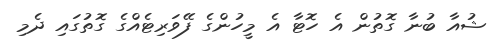
ޝުއާ ބުނާ ގޮތުން އެ ހޮޓާ އެ މީހުންގެ ފޭވަރިޓެއްގެ ގޮތުގައި ދެމި